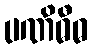
ပဏိဓီဓ